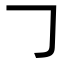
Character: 𠃌